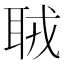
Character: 𦕧